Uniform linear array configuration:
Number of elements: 8
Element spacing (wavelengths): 0.75
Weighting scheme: uniform
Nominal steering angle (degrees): -45
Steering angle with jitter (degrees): -46.787
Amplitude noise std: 0.05
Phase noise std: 0.05

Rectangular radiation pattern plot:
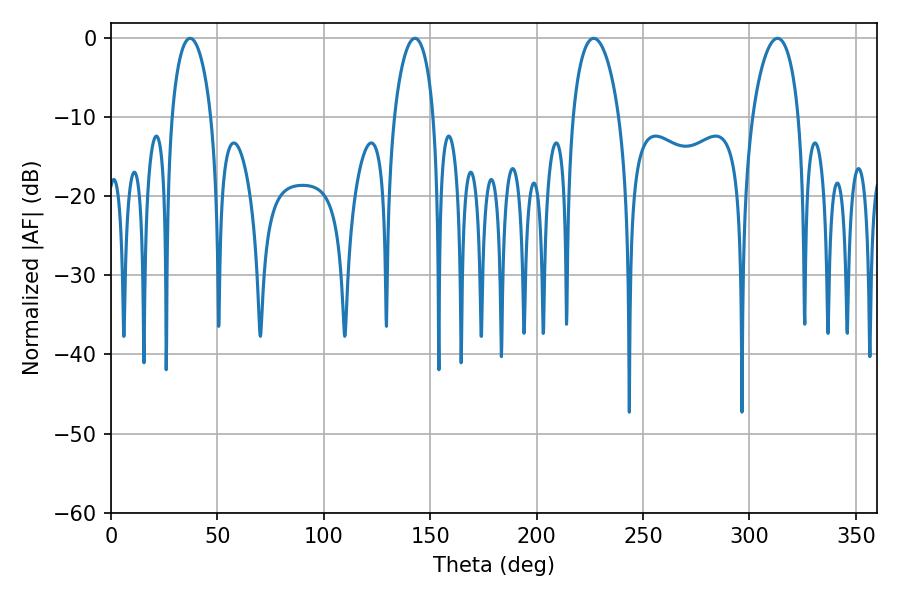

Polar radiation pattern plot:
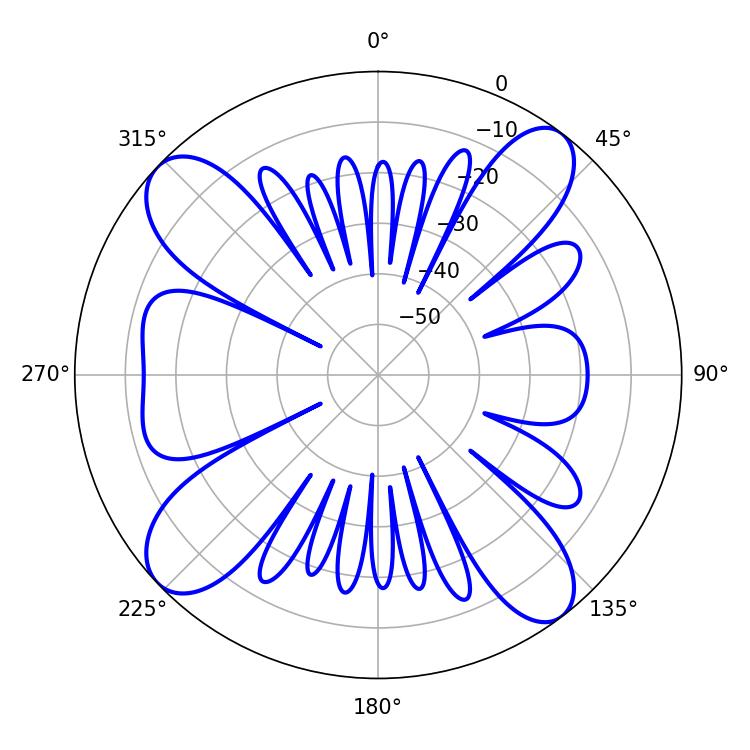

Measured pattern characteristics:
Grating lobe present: TRUE
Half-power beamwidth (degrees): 12.42
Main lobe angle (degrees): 226.8